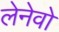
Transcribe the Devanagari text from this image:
लेनेवो